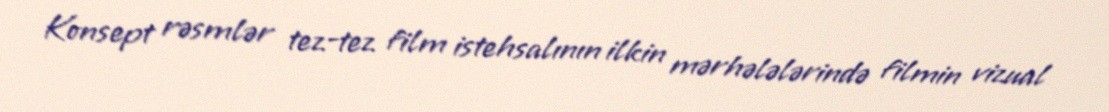
Konsept rəsmlər tez-tez film istehsalının ilkin mərhələlərində filmin vizual